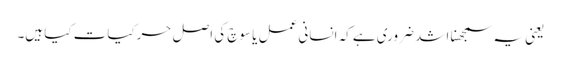
یعنی یہ سمجھنا اشد ضروری ہے کہ انسانی عمل یا سوچ کی اصل حرکیات کیا ہیں۔